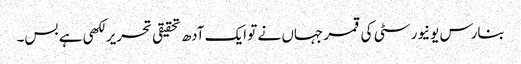
بنارس یونیورسٹی کی قمر جہاں نے تو ایک آدھ تحقیقی تحریر لکھی ہے بس۔